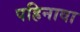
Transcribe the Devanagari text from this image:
पहिनावा